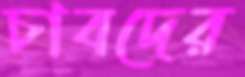
চাবদের